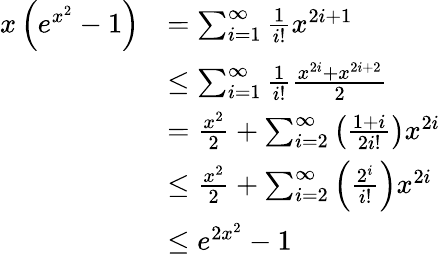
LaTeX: \begin{array}{rl}{x\left(e^{x^{2}}-1\right)}&{=\sum_{i=1}^{\infty}\frac{1}{i!}x^{2i+1}}\\ &{\le\sum_{i=1}^{\infty}\frac{1}{i!}\frac{x^{2i}+x^{2i+2}}{2}}\\ &{=\frac{x^{2}}{2}+\sum_{i=2}^{\infty}\left(\frac{1+i}{2i!}\right)x^{2i}}\\ &{\le\frac{x^{2}}{2}+\sum_{i=2}^{\infty}\left(\frac{2^{i}}{i!}\right)x^{2i}}\\ &{\le e^{2x^{2}}-1}\end{array}